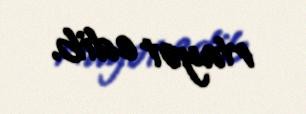
riayət edib.